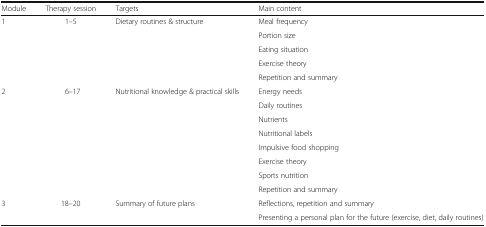
<table><thead><tr><td><b>Module</b></td><td><b>Therapy session</b></td><td><b>Targets</b></td><td><b>Main content</b></td></tr></thead><tbody><tr><td rowspan="5">1</td><td rowspan="5">1–5</td><td rowspan="5">Dietary routines &amp; structure</td><td>Meal frequency</td></tr><tr><td>Portion size</td></tr><tr><td>Eating situation</td></tr><tr><td>Exercise theory</td></tr><tr><td>Repetition and summary</td></tr><tr><td rowspan="8">2</td><td rowspan="8">6–17</td><td rowspan="8">Nutritional knowledge &amp; practical skills</td><td>Energy needs</td></tr><tr><td>Daily routines</td></tr><tr><td>Nutrients</td></tr><tr><td>Nutritional labels</td></tr><tr><td>Impulsive food shopping</td></tr><tr><td>Exercise theory</td></tr><tr><td>Sports nutrition</td></tr><tr><td>Repetition and summary</td></tr><tr><td rowspan="2">3</td><td rowspan="2">18–20</td><td rowspan="2">Summary of future plans</td><td>Reflections, repetition and summary</td></tr><tr><td>Presenting a personal plan for the future (exercise, diet, daily routines)</td></tr></tbody></table>